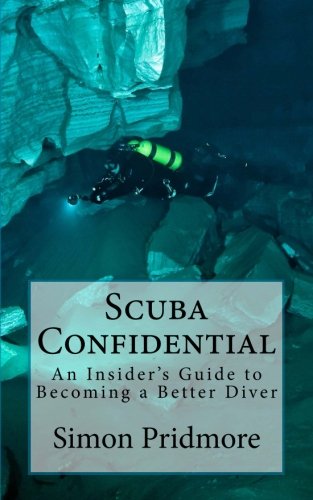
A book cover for Scuba Confidential: An Insider's Guide to Becoming a Better Diver; Simon Pridmore; Sports & Outdoors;